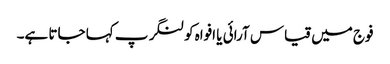
فوج میں قیاس آرائی یا افواہ کو لنگر پ کہا جاتا ہے۔